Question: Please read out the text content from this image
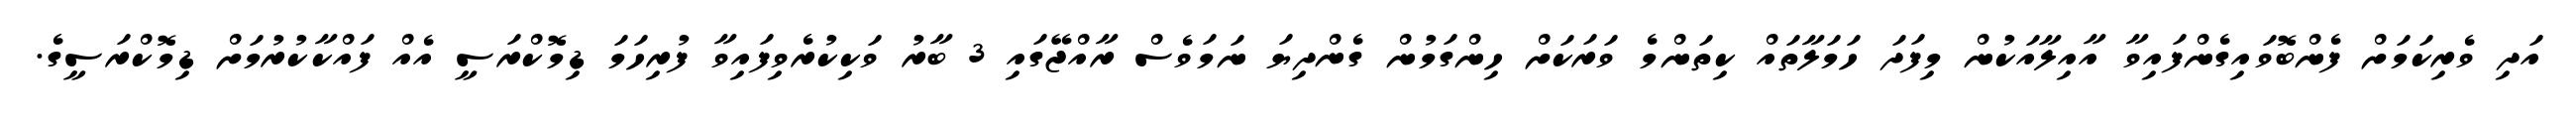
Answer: އަދި ވެރިކަމަށް ފެންބޮވައިގެންފައިވާ އާއިލާއަކުން މިފަދަ ހަމަލާތައް ކިތަންމެ ވަރަކަށް ހިންގަމުން ގެންދިޔަ ނަމަވެސް ރާއްޖޭގައި 3 ބާރު ވަކިކުރެވިފައިވާ ފުރިހަމަ ޑިމޮކްރަސީ އެއް ފައްކާކުރުމަށް ޑިމޮކްރަސީގެ.